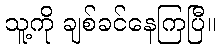
သူ့ကို ချစ်ခင်နေကြပြီ။